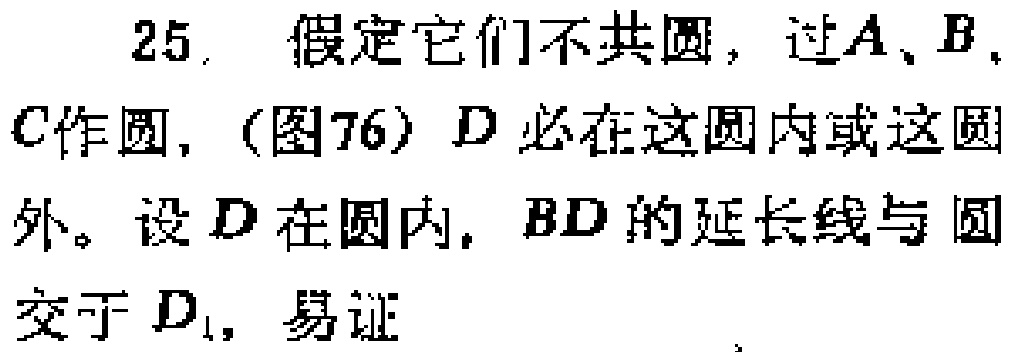
25. 假定它们不共圆，过\(A\)、\(B\)、\(C\)作圆，(图76) \(D\)必在这圆内或这圆外。设\(D\)在圆内，\(BD\)的延长线与圆交于 \(D_{1}\)，易证